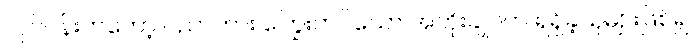
လုပ်ငန်းကတော့ ပညာကား ကြွေးတင်သော အဘိုးချုပ်က ရရှိခဲ့သူများဖြစ်၍